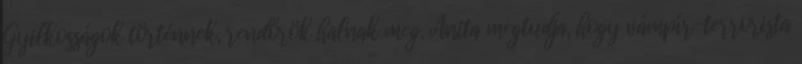
Gyilkosságok történnek, rendőrök halnak meg. Anita megtudja, hogy vámpír-terrorista